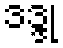
ဒဒ္ဒု